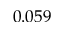
0 . 0 5 9